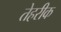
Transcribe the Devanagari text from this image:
तेहरीक